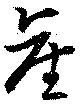
産